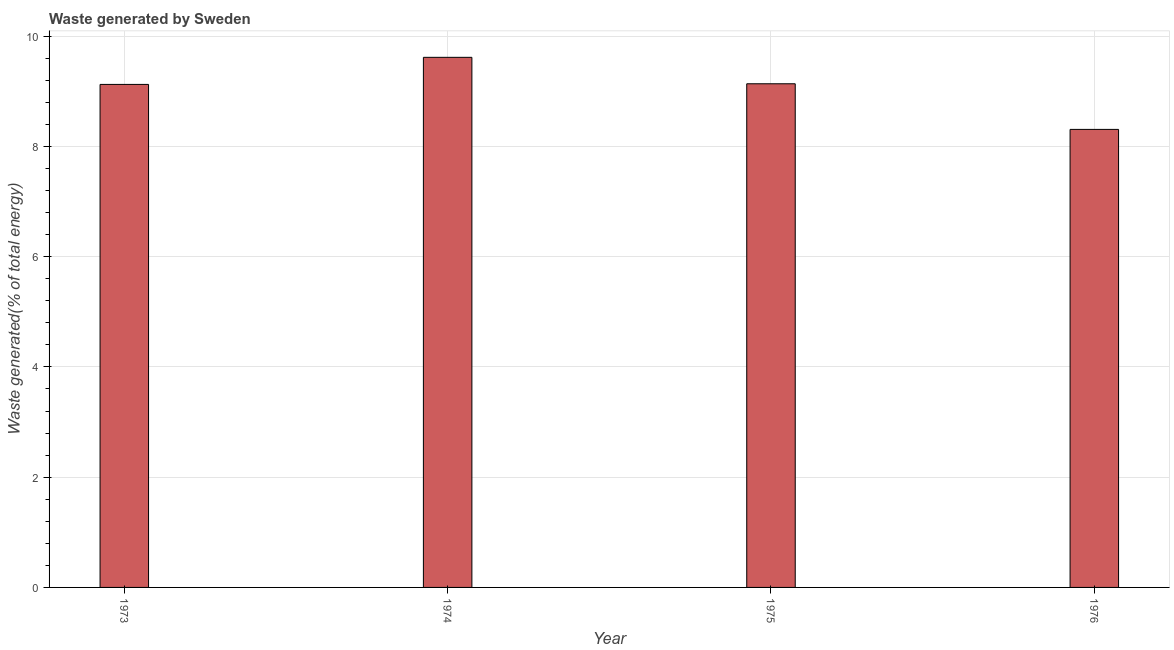
| Year | Combustible renewables and waste (% of total energy) |
 | --- | --- |
 | 1973 | 9.13 |
 | 1974 | 9.62 |
 | 1975 | 9.14 |
 | 1976 | 8.31 |